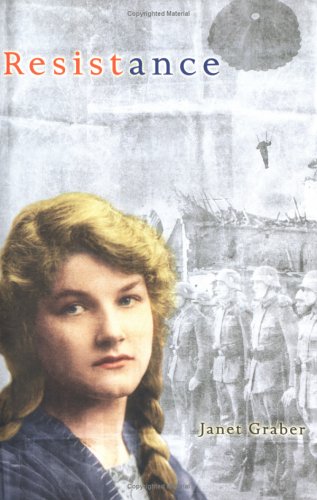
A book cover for Resistance; Janet Graber; Teen & Young Adult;